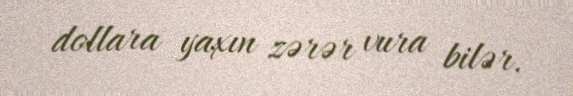
dollara yaxın zərər vura bilər.